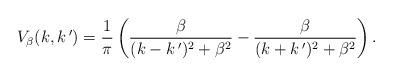
LaTeX: \begin{align*}V_{\beta}(k,k\,')=\frac{1}{\pi}\left(\frac{\beta}{(k-k\,')^2+\beta^2}-\frac{\beta}{(k+k\,')^2+\beta^2}\right).\end{align*}